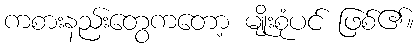
ကစားနည်းတွေကတော့ မျိုးစုံပင် ဖြစ်၏။